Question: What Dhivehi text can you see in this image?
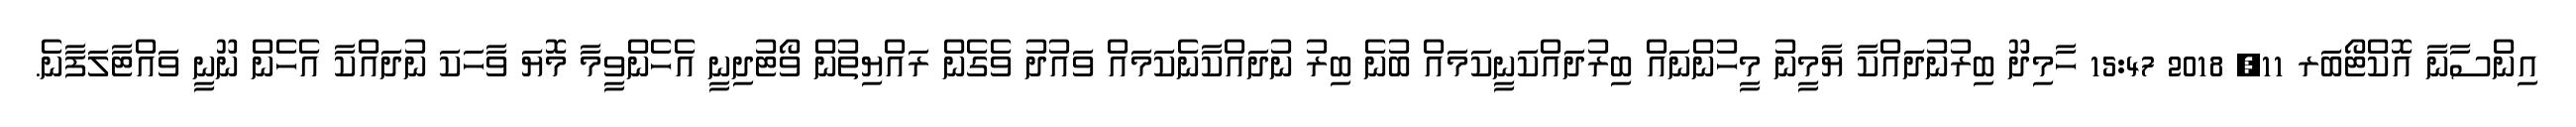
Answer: އިންސާނާ އޮކްޓޯބަރ 11, 2018 15:47 ހާމިދޫ ބިރުނުދައްކާ ޔާމީނު މީހުންނައް ބިރުދައްކަނީކަމައް ބުނެ ބިރު ނުދައްކާނެކަމައް ވައުދު ވެގެން ރައްޔިތުން ވޯޓުދިނީ އެހެންވީމާ މޮޔަ ވާހަކަ ނުދައްކާ އެހެން ނޫނީ ވައްޓާލަފާނެ.